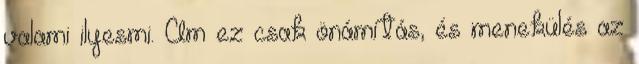
valami ilyesmi. Ám ez csak önámítás, és menekülés az